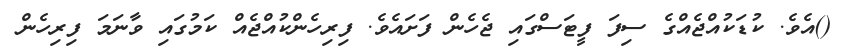
()އެވެ. ކުޑަކުއްޖެއްގެ ސިފަ ފީޓަސްގައި ޖެހެން ފަށައެވެ. ފިރިހެންކުއްޖެއް ކަމުގައި ވާނަމަ ފިރިހެން